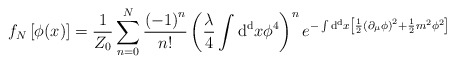
\begin{align*}f_N \left[ \phi (x) \right]= {1 \over Z_0} \sum_{n=0}^{N} {\left( -1 \right)^n \over n!} \left( {\lambda \over 4} \int {\rm d^d} x \phi^4 \right)^n e^{- \int {\rm d^d} x \left[ {1 \over 2} \left( \partial_{\mu} \phi \right)^2 + {1 \over 2} m^2 \phi^2 \right] }\end{align*}